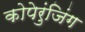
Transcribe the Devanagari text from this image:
कोपेरुंजिंग